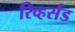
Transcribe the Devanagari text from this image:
रिव्हर्सड